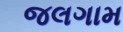
જલગામ